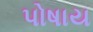
પોષાય